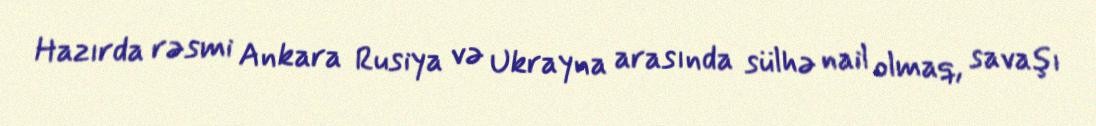
Hazırda rəsmi Ankara Rusiya və Ukrayna arasında sülhə nail olmaq, savaşı